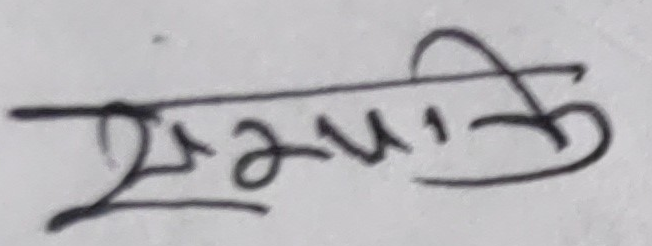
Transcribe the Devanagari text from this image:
सम्पति